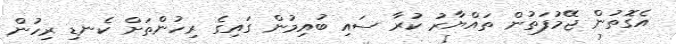
އެގޮތުން ޖޭމުފަތުން ތައްޔާރު ކުރާ ސައި ބުއިމުން ގައިގެ ރިހުންތަށް ކެނޑި ރިހުން